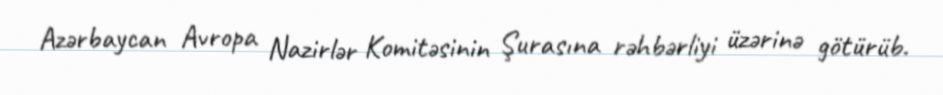
Azərbaycan Avropa Nazirlər Komitəsinin Şurasına rəhbərliyi üzərinə götürüb.